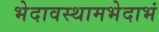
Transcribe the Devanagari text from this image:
भेदावस्थामभेदाभं